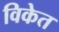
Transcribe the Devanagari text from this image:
विकेत